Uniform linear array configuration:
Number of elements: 12
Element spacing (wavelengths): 1
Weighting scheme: hann
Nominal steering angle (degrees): -60
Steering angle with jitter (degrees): -58.611
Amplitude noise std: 0.05
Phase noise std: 0.05

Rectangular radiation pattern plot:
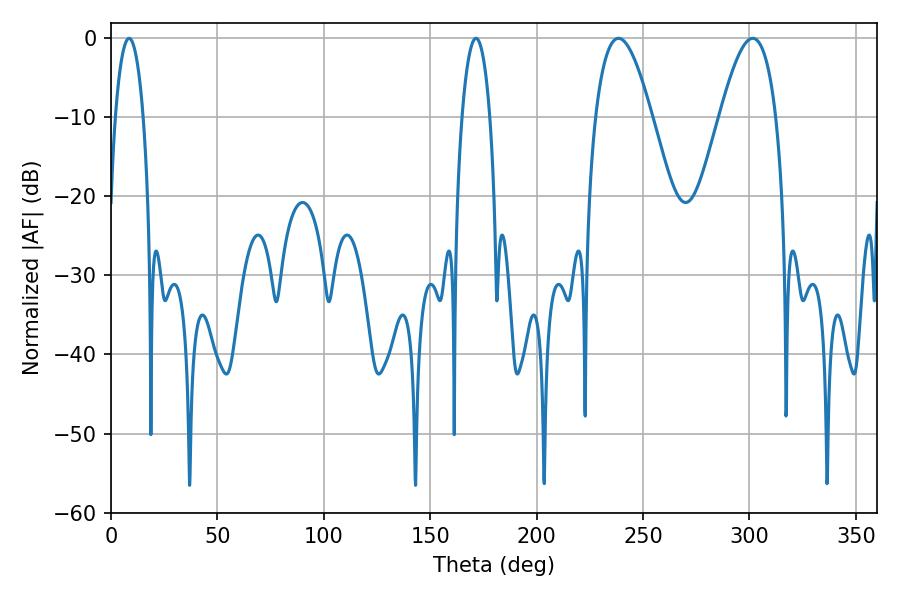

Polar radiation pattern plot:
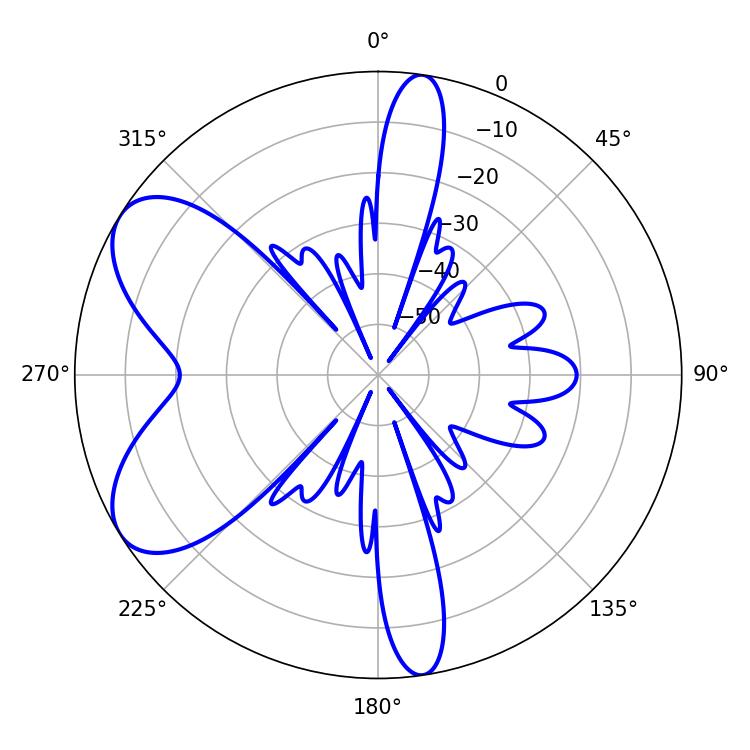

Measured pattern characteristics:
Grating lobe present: TRUE
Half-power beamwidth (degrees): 14.4
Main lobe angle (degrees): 238.5